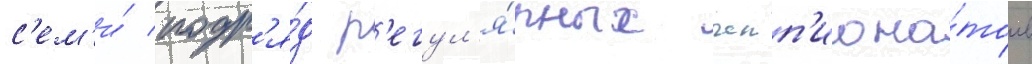
с'ем'и́ подр'я́д р'егул'я́рных чемп'иона́тов